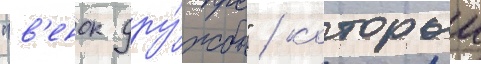
"в'енок дру́жбы" / которыи